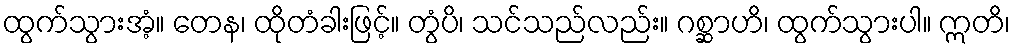
ထွက်သွားအံ့။ တေန၊ ထိုတံခါးဖြင့်။ တွံပိ၊ သင်သည်လည်း။ ဂစ္ဆာဟိ၊ ထွက်သွားပါ။ ဣတိ၊